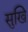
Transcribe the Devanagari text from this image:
सुखि